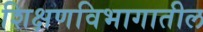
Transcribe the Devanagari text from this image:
शिक्षणविभागातील